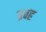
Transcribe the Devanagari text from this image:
प्रवह